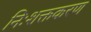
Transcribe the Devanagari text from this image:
निःशक्तकरण